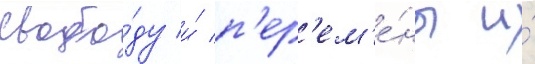
свобо́ду и́ п'ер'ем'е́ны и́